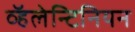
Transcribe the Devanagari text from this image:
व्हॅलेन्टिनियन